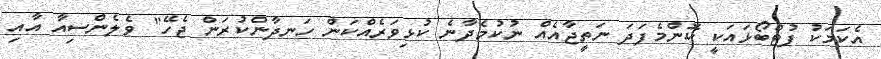
އެކަމަކު ފުޓްބޯޅައަކީ ކޮންމެފަދަ ނަތީޖާއެއް ނުކުމެދާނެ ކުޅިވަރެއްކަން ހަނދާންކުރަން ޖެހޭ" ވެލެންސިއާ އާއި